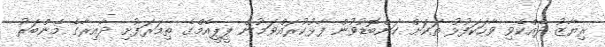
ރިޔާޒު ދެއްކެވި ވާހަކަފުޅު ތަކަށް ކަންބޮޑުވުން ފާޅުކުރައްވަމުން ޕީޕީއެމްގެ ތިމަރަފުށި ދާއިރާގެ މެންބަރު